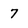
Character: 7